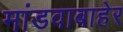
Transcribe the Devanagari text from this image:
मांडवाबाहेर